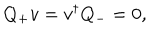
LaTeX: Q _ { + } { v } = { v } ^ { \dagger } Q _ { - } = 0 ,